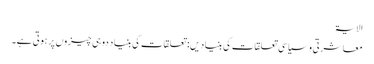
الایۃ
معاشرتی و سیاسی تعلقات کی بنیادیں: تعلقات کی بنیاد دو ہی چیزوں پر ہوتی ہے۔